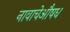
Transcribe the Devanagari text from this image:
नावाचेऔषध